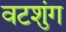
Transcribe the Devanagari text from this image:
वटशुंग